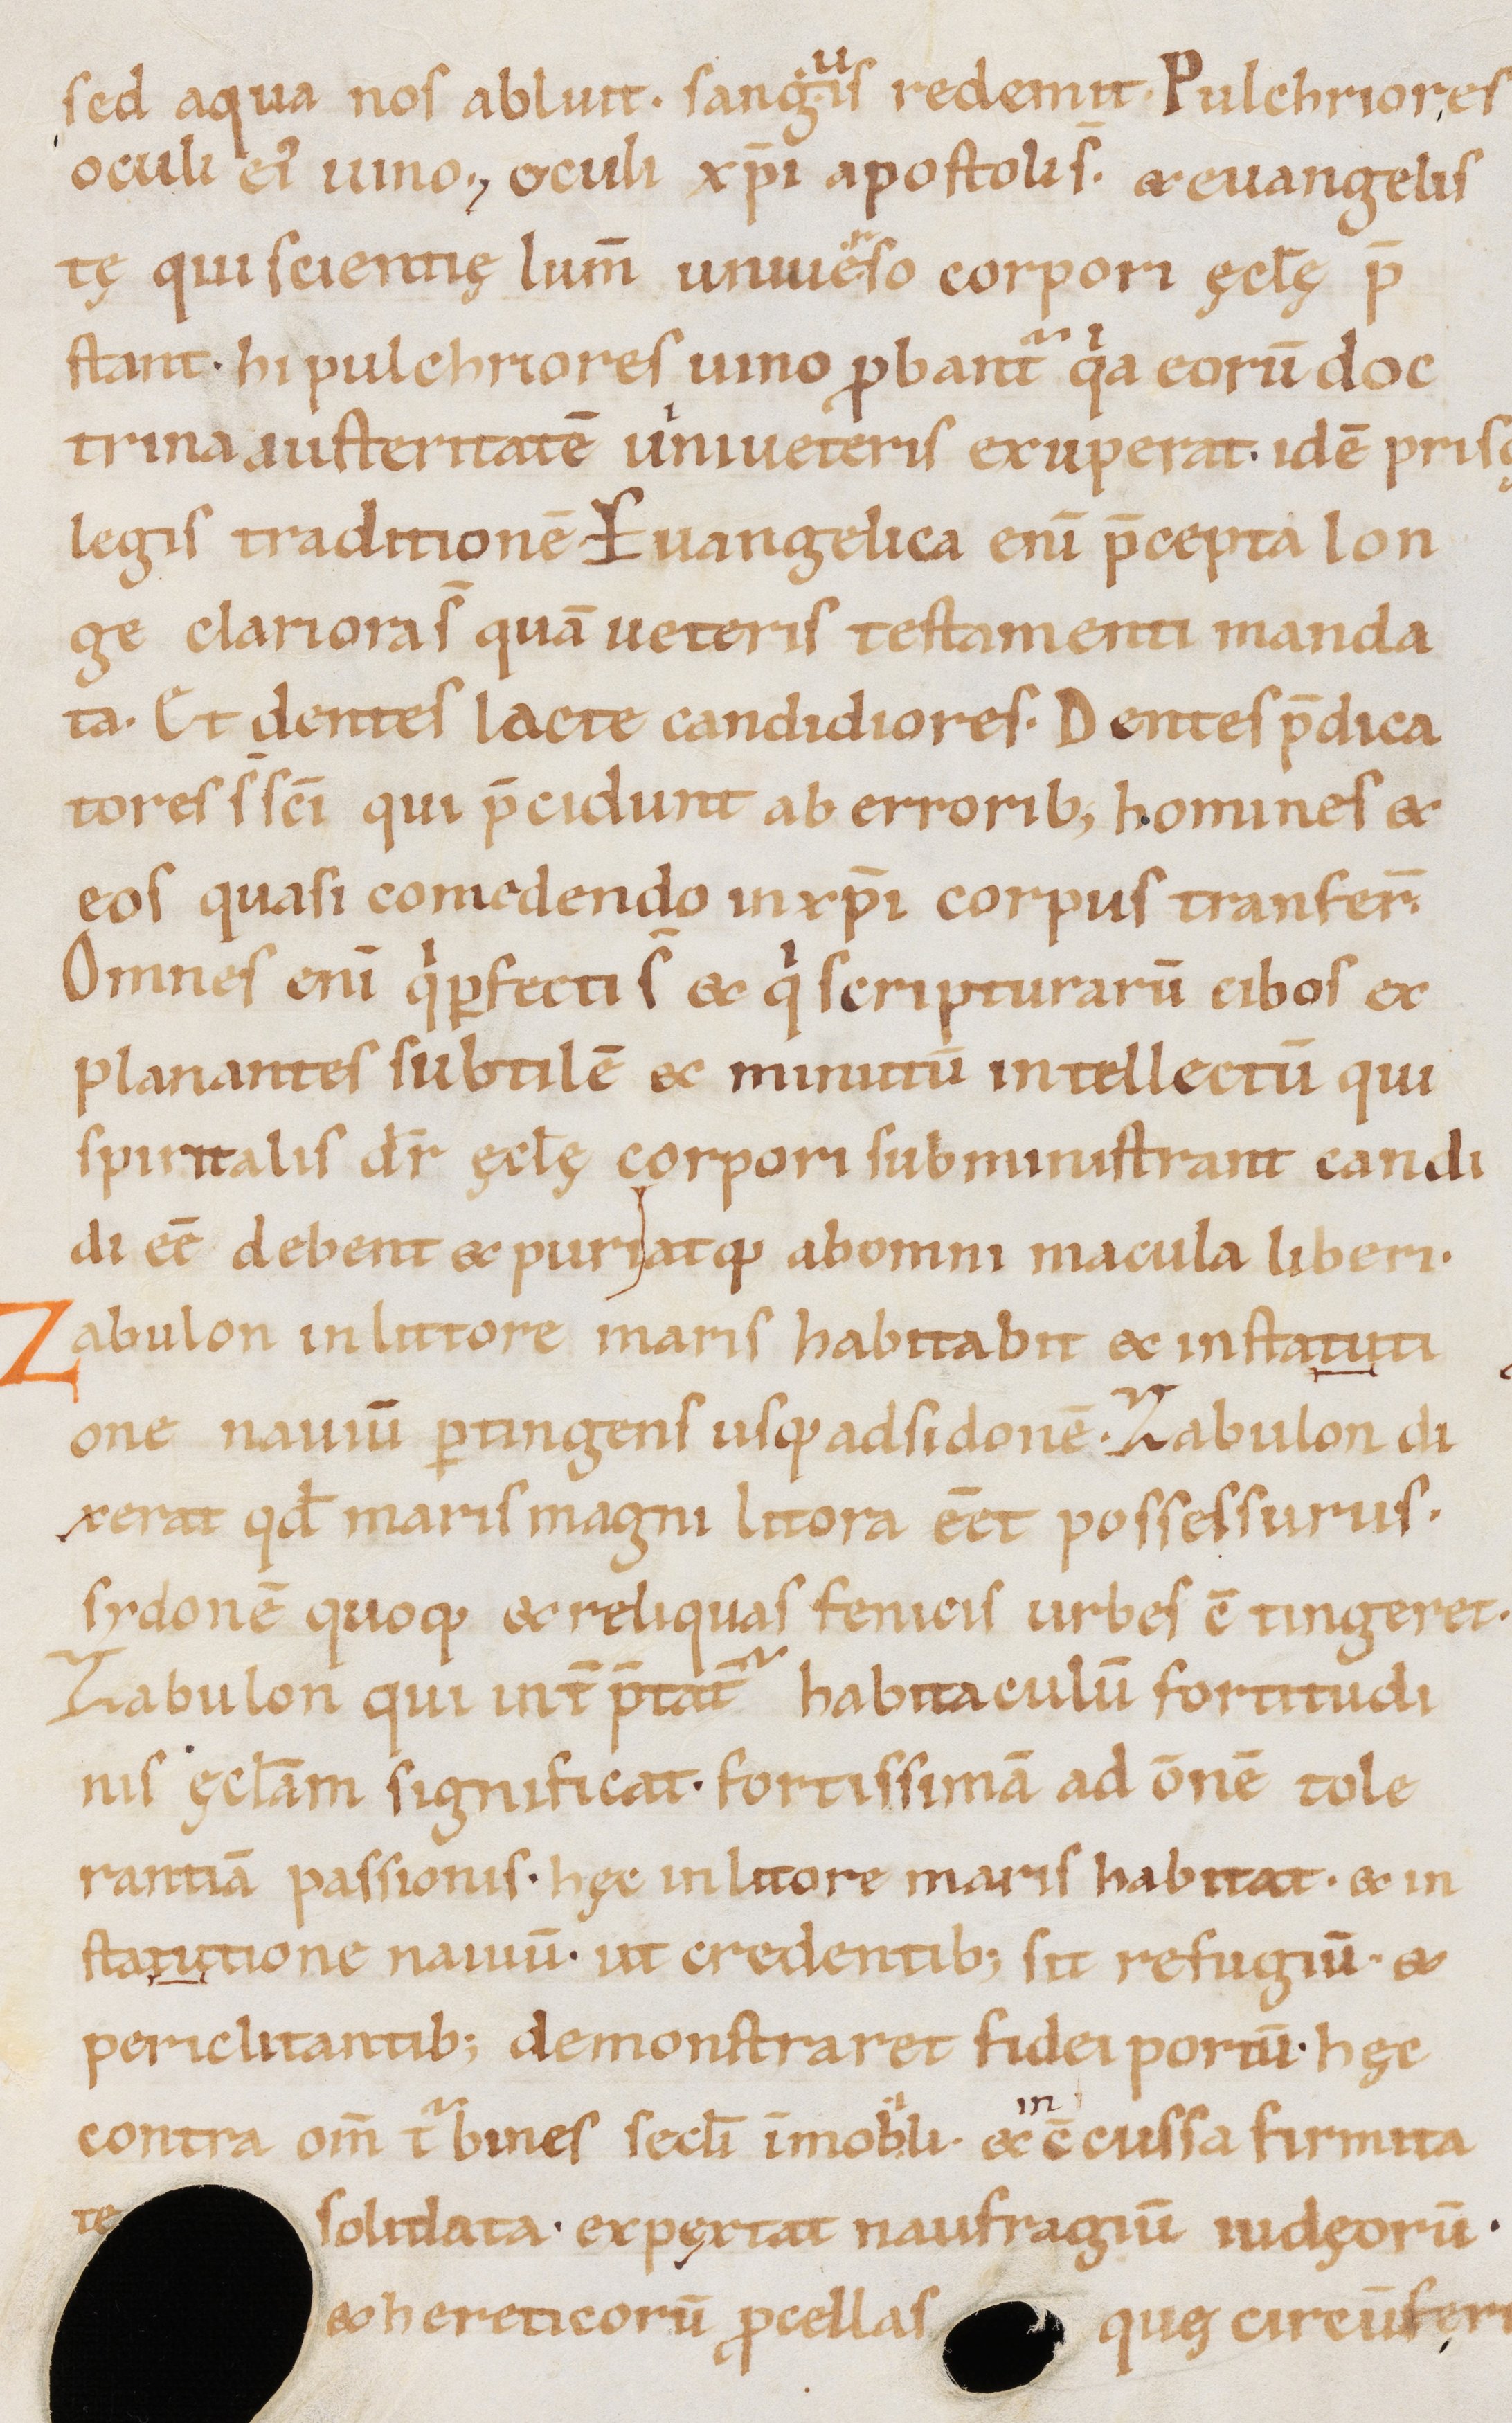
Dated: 1000–1099